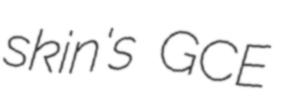
skin's GCE